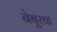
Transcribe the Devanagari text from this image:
नेबूरचा